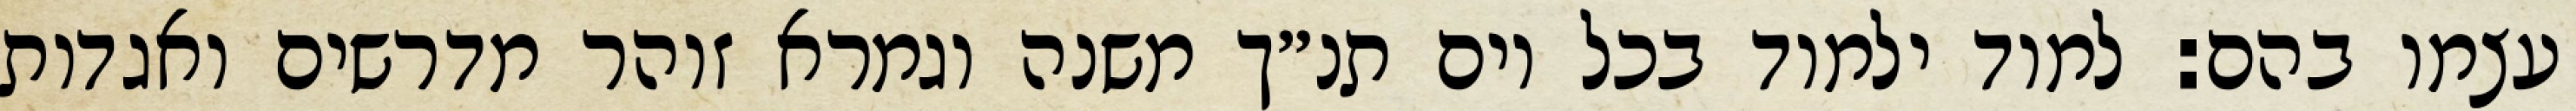
עצמו בהם: למוד ילמוד בכל יום תנ״ך משנה וגמרא זוהר מדרשים ואגדות